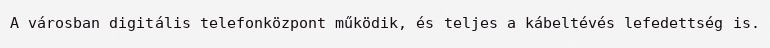
A városban digitális telefonközpont működik, és teljes a kábeltévés lefedettség is.